Report on malaria in the Punjab during the year ...  together with an account of the work of the Punjab Malaria Bureau - Volume 3
Disease focus: Malaria
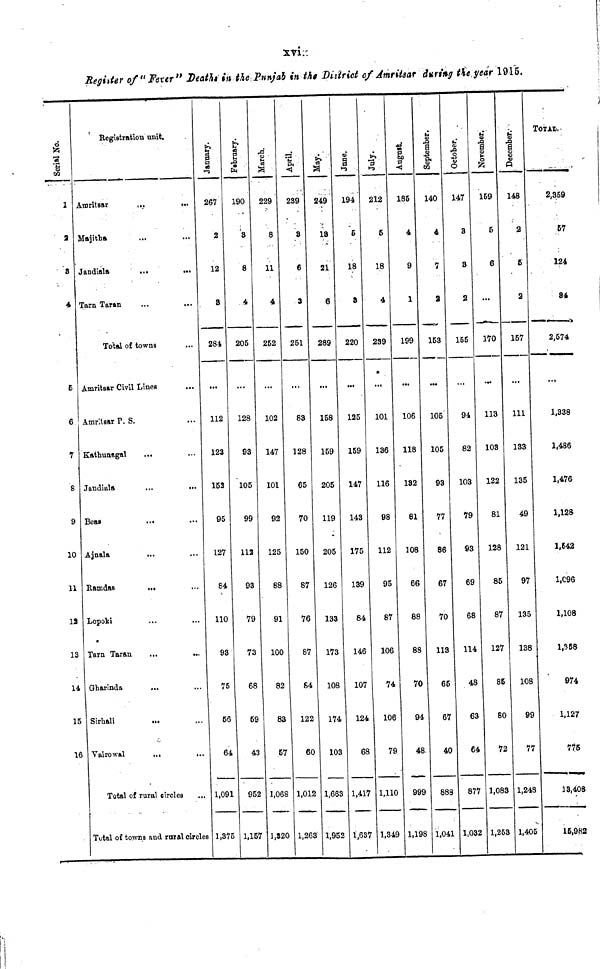
xvi
Register of "Fever" Deaths in the Punjab in the District of Amritsar during the year 1915.
Serial No.
1
3
3
4
S
6
1
8
9
10
11
12
13
14
15
16
Registration unit.
Amritsar
Majitha
Jandiala
Tarn Taran
Total of towns
Amritsar P. S.
Kathunagal
Jandiala
Beas
Ajnala
Ramdas
Lopoki
Tarn Taran
Gharinda
Sirhali
Vairowal
Total of rural circles
Total of towns and rural circles
January.
267
2
12
8
284
112
123
152
95
127
84
110
93
75
56
64
1,091
1,375
February.
190
3
8
4
205
128
93
105
99
112
93
79
73
68
59
43
952
1,157
March.
229
8
11
4
252
102
147
101
92
125
88
91
100
82
83
57
1,068
1,820
April.
239
8
6
3
251
83
128
65
70
150
87
76
87
84
122
60
1,012
1,263
May.
249
18
21
6
289
158
159
205
119
205
126
133
173
108
174
103
1,663
1,952
June.
194
5
18
8
220
125
159
147
143
175
139
84
146
107
124
68
1,417
1,637
July.
212
5
18
4
239
101
136
116
98
112
95
87
106
74
106
79
1,110
1,349
August.
185
4
9
1
199
106
118
182
81
108
66
88
88
70
94
48
999
1,198
September.
140
4
7
2
153
105
105
93
77
86
67
70
113
65
67
40
888
1,041
October.
147
3
8
2
155
94
82
103
79
93
69
68
114
48
63
64
877
1,032
November.
159
5
6
170
113
103
122
81
128
85
87
127
85
80
72
1,083
1,253
December.
148
2
5
2
157
111
133
135
49
121
97
135
138
108
99
77
1,248
1,405
TOTAL.
2,359
57
124
84
2,574
1,338
1,486
1,476
1,128
1,542
1,C96
1,108
1,358
974
1,127
775
13,408
15,982